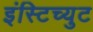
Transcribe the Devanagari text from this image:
इंस्टिच्युट